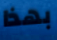
بهذا